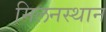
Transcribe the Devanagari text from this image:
मिलनस्थान